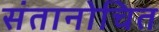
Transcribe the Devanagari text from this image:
संतानोचित